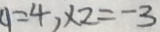
y = 4 , x _ { 2 } = - 3